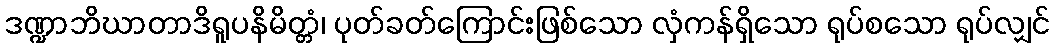
ဒဏ္ဍာဘိဃာတာဒိရူပနိမိတ္တံ၊ ပုတ်ခတ်ကြောင်းဖြစ်သော လှံကန်ရှိသော ရုပ်စသော ရုပ်လျှင်